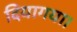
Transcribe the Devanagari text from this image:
दियागया।